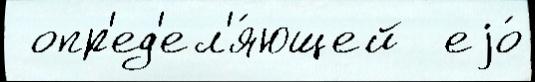
 опр'ед'ел'я́ющей  еjо́